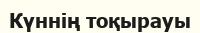
Күннің тоқырауы